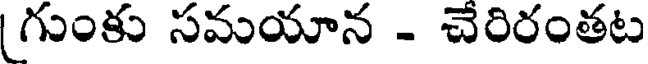
గుంకు సమయాన - చేరిరంతట